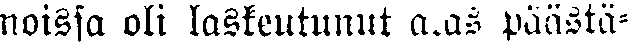
noissa oli laskeutunut a.as päästä-